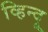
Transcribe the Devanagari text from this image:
व्हिन्दू